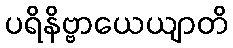
ပရိနိဗ္ဗာယေယျာတိ